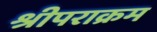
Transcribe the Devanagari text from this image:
श्रीपराक्रम